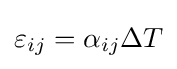
\varepsilon _{ij}=\alpha _{ij}\Delta T